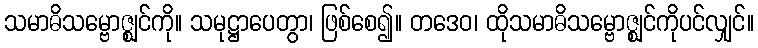
သမာဓိသမ္ဗောဇ္ဈင်ကို။ သမုဋ္ဌာပေတွာ၊ ဖြစ်စေ၍။ တဒေဝ၊ ထိုသမာဓိသမ္ဗောဇ္ဈင်ကိုပင်လျှင်။